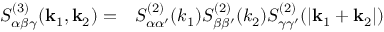
\begin{array} { r l } { S _ { \alpha \beta \gamma } ^ { ( 3 ) } ( \mathbf { k } _ { 1 } , \mathbf { k } _ { 2 } ) = } & { { } S _ { \alpha \alpha ^ { \prime } } ^ { ( 2 ) } ( { k } _ { 1 } ) S _ { \beta \beta ^ { \prime } } ^ { ( 2 ) } ( { k } _ { 2 } ) S _ { \gamma \gamma ^ { \prime } } ^ { ( 2 ) } ( | \mathbf { k } _ { 1 } + \mathbf { k } _ { 2 } | ) } \end{array}